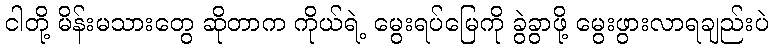
ငါတို့ မိန်းမသားတွေ ဆိုတာက ကိုယ်ရဲ့ မွေးရပ်မြေကို ခွဲခွာဖို့ မွေးဖွားလာရချည်းပဲ